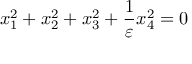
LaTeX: x _ { 1 } ^ { 2 } + x _ { 2 } ^ { 2 } + x _ { 3 } ^ { 2 } + { \frac { 1 } { \varepsilon } } x _ { 4 } ^ { 2 } = 0